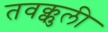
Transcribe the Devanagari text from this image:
तवक्कुली